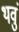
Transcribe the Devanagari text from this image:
थवुं